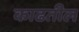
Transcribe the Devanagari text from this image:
काढतील